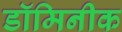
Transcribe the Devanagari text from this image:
डॉमिनीक